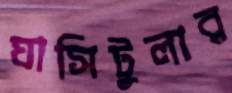
ঘাসিটুলার